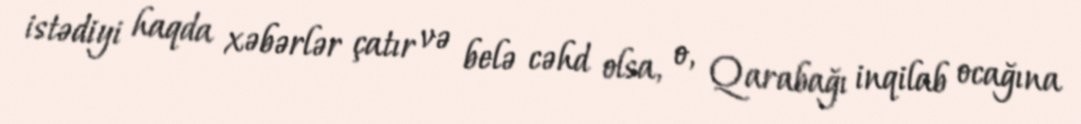
istədiyi haqda xəbərlər çatır və belə cəhd olsa, o, Qarabağı inqilab ocağına